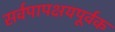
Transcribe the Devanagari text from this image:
सर्वपापक्षयपूर्वक